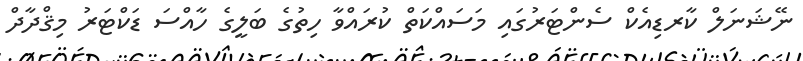
ނޭޝަނަލް ކާރޑިއެކް ސެންޓަރުގައި މަސައްކަތް ކުރައްވާ ހިތުގެ ބަލީގެ ހާއްސަ ޑަކްޓަރު މިޤްދާދް